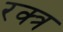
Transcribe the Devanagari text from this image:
रक्त्र